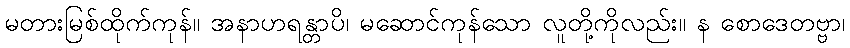
မတားမြစ်ထိုက်ကုန်။ အနာဟရန္တာပိ၊ မဆောင်ကုန်သော လူတို့ကိုလည်း။ န စောဒေတဗ္ဗာ၊